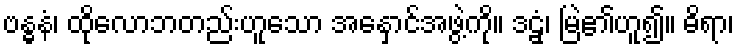
ဗန္ဓနံ၊ ထိုလောဘတည်းဟူသော အနှောင်အဖွဲ့ကို။ ဒဠှံ၊ မြဲ၏ဟူ၍။ ဓိရာ၊